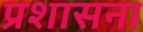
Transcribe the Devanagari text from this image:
प्रशासना